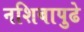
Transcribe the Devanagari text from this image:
नशिबापुढे